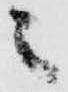
之